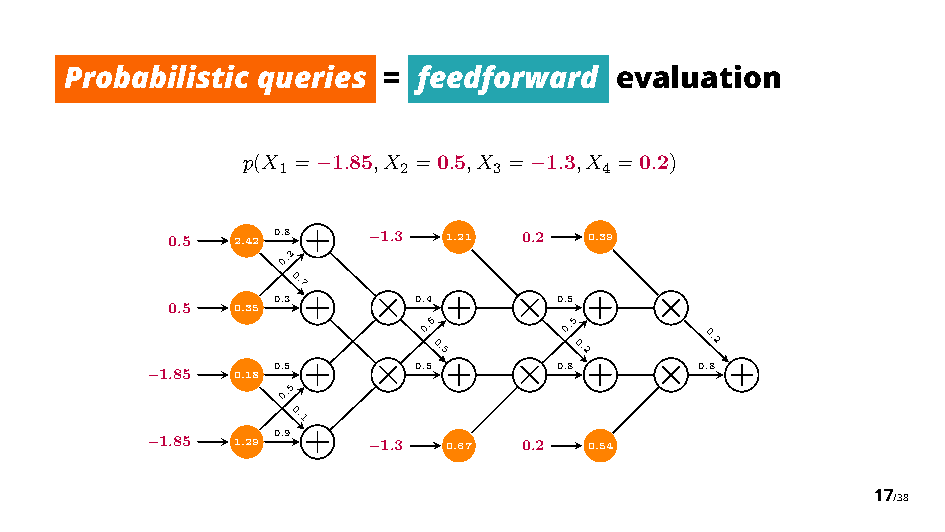
Probabilistic queries = feedforward  evaluation
 p(X = 1.85,X =0.5,X = 1.3,X =0.2)
 1       2      3      4
 −             −
 0.5  2.42 0.8 1.3 1.21 0.2 0.39
 0.2
 0.7
 0.3      0.4       0.5
 0.5  0.35
 ⇥  0.6    ⇥ 0.5    ⇥
 0.5      0.2
 0.2
 1.85 0.18 0.5   0.5       0.8      0.8
         0.5   ⇥         ⇥        ⇥
 0.1
 1.85 1.29 0.9 1.3 0.67 0.2 0.54
 17/38